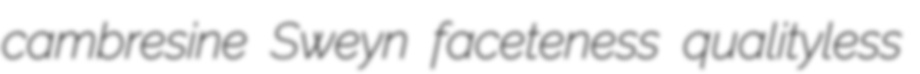
cambresine Sweyn faceteness qualityless